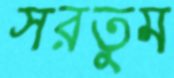
সরতুম